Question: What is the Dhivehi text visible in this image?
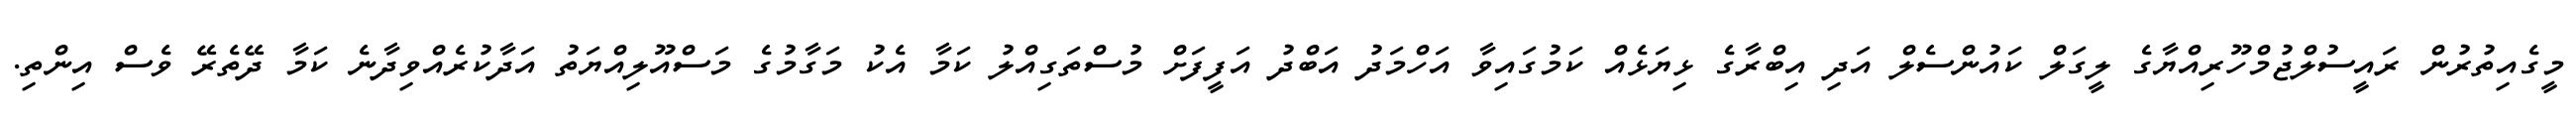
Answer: މީގެއިތުރުން ރައީސުލްޖުމްހޫރިއްޔާގެ ލީގަލް ކައުންސެލް އަދި އިބްރާގެ ޅިޔަޅެއް ކަމުގައިވާ އަހްމަދު އަބްދު އަފީފަށް މުސްތަގިއްލު ކަމާ އެކު މަގާމުގެ މަސްއޫލިއްޔަތު އަދާކުރެއްވިދާނެ ކަމާ ދޭތެރޭ ވެސް އިންތި.